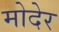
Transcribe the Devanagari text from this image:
मोदेर